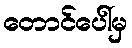
တောင်ပေါ်မှ